Vaccination North-Western Provinces and Oudh 1896-1901 - 1896-1901
Year: 1896
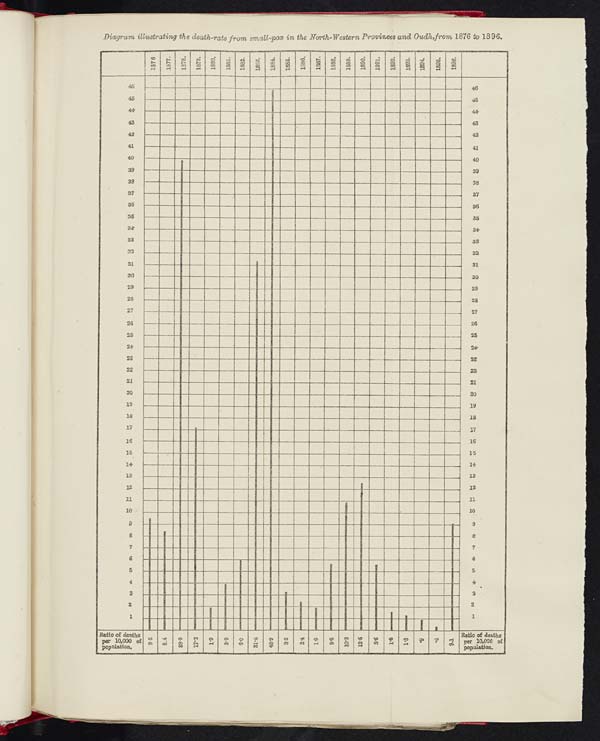
FRANCINE INSERT
FULL COLOUR IMAGE
FROM SUPPLIED FILE